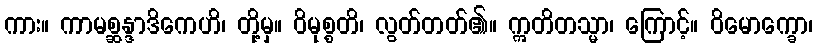
ကား။ ကာမစ္ဆန္ဒာဒိကေဟိ၊ တို့မှ။ ဝိမုစ္စတိ၊ လွတ်တတ်၏။ ဣတိတသ္မာ၊ ကြောင့်။ ဝိမောက္ခော၊